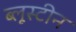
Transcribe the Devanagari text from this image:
ब्लूस्टीन